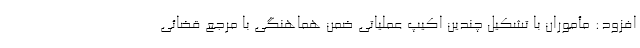
افزود: مأموران با تشکیل چندین اکیپ عملیاتی ضمن هماهنگی با مرجع قضائی